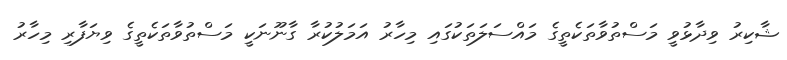
ޝާކިރު ވިދާޅުވީ މަސްތުވާތަކެތީގެ މައްސަލަތަކުގައި މިހާރު އަމަލުކުރާ ގާނޫނަކީ މަސްތުވާތަކެތީގެ ވިޔަފާރި މިހާރު